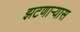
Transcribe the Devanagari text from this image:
झटणाऱ्यास